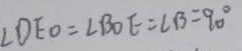
\angle D E O = \angle B O E = \angle B = 9 0 ^ { \circ }